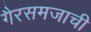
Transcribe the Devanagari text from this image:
गैरसमजाची